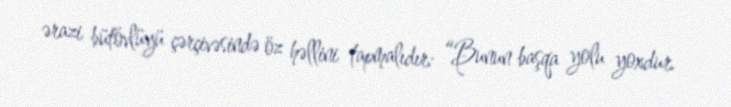
ərazi bütövlüyü çərçivəsində öz həllini tapmalıdır: “Bunun başqa yolu yoxdur.